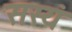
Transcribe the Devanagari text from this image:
सस्यं